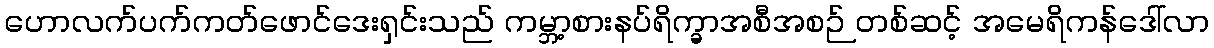
ဟောလက်ပက်ကတ်ဖောင်ဒေးရှင်းသည် ကမ္ဘာ့စားနပ်ရိက္ခာအစီအစဉ် တစ်ဆင့် အမေရိကန်ဒေါ်လာ